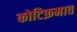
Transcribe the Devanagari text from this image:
कोटिक्रमात